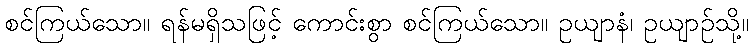
စင်ကြယ်သော။ ရန်မရှိသဖြင့် ကောင်းစွာ စင်ကြယ်သော။ ဥယျာနံ၊ ဥယျာဉ်သို့။